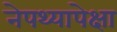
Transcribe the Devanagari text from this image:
नेपथ्यापेक्षा